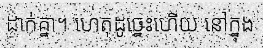
ដាក់គ្នា។ ហេតុដូច្នេះហើយ នៅក្នុង